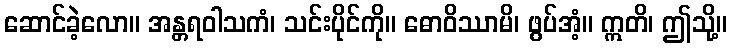
ဆောင်ခဲ့လော။ အန္တရဝါသကံ၊ သင်းပိုင်ကို။ ဓောဝိဿာမိ၊ ဖွပ်အံ့။ ဣတိ၊ ဤသို့။